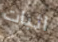
اثبات